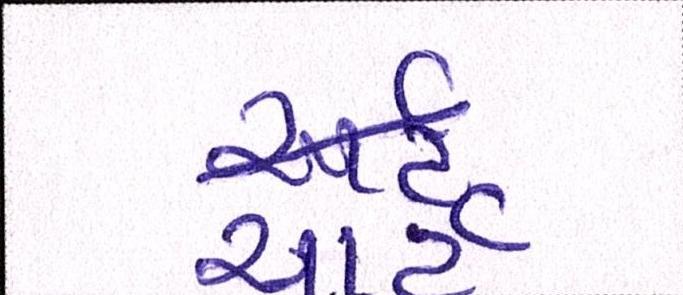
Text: ચાર્ટ